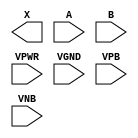
module sky130_fd_sc_hvl__or2 (
    X   ,
    A   ,
    B   ,
    VPWR,
    VGND,
    VPB ,
    VNB
);

    output X   ;
    input  A   ;
    input  B   ;
    input  VPWR;
    input  VGND;
    input  VPB ;
    input  VNB ;
endmodule